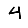
Digit: 4